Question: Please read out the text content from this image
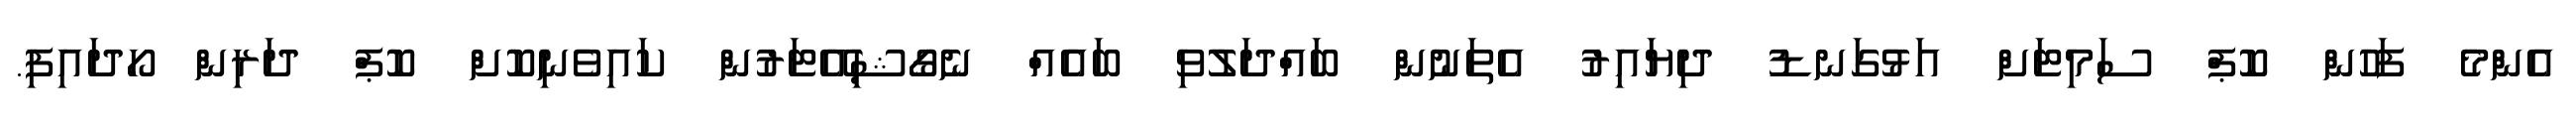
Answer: އެންމެ ފަހުން ކޮޕް ސަމިޓަށް އަޅުގަނޑު ދިޔައިރު އެތަނުން ބައްދަލުވި ބައެއް ނެގޯޝިއޭޓަރުން ކައިވެނިކޮށް ކޮޕް ދަރިން ހޯދައިފި.